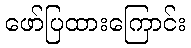
ဖော်ပြထားကြောင်း